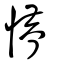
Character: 懵